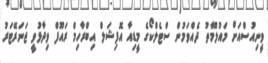
ވީނިއުސްއަށް މައުލޫމާތު ދެއްވަމުން ސްޓެލްކޯގެ މީޑިއާ އޮފިޝަލް އިބްރާހިމް ރައޫފް ވިދާޅުވީ ޖަނަރޭޓަރު